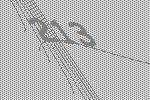
213